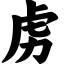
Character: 虏